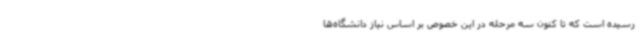
رسیده است که تا کنون سه مرحله در این خصوص بر اساس نیاز دانشگاه‌ها